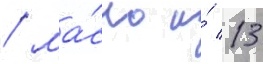
/ ма́сло и́ 13